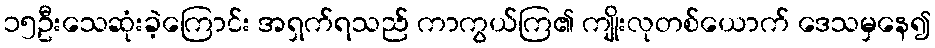
၁၅ဦးသေဆုံးခဲ့ကြောင်း အရှက်ရသည် ကာကွယ်ကြ၏ ကျိုးလုတစ်ယောက် ဒေသမှနေ၍